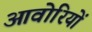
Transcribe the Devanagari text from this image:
आवोरियों